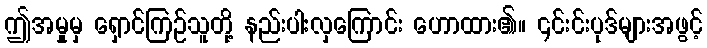
ဤအမှုမှ ရှောင်ကြဉ်သူတို့ နည်းပါးလှကြောင်း ဟောထား၏။ ၎င်းင်းပုဒ်များအဖွင့်